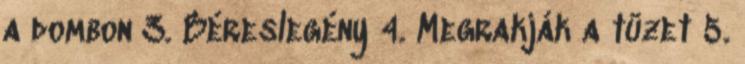
a dombon 3. Béreslegény 4. Megrakják a tüzet 5.